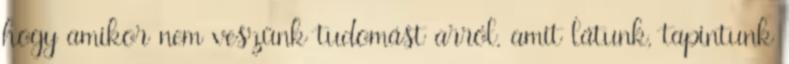
hogy amikor nem veszünk tudomást arról, amit látunk, tapintunk